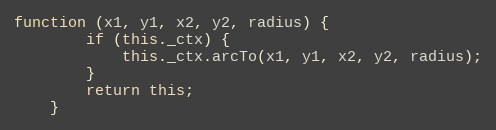
Language: JavaScript
function (x1, y1, x2, y2, radius) {
        if (this._ctx) {
            this._ctx.arcTo(x1, y1, x2, y2, radius);
        }
        return this;
    }